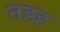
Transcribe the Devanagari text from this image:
तहह